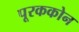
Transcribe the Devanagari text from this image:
पूरककोन